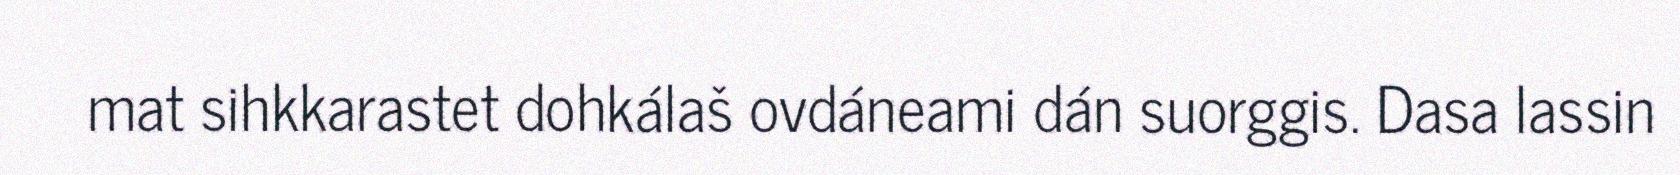
mat sihkkarastet dohkálaš ovdáneami dán suorggis. Dasa lassin